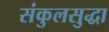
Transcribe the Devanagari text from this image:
संकुलसुद्धा